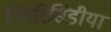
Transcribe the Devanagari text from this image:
ग्लिरिसिडीया